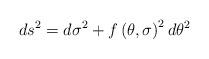
LaTeX: \begin{align*}ds^2=d\sigma^2+f\left(\theta,\sigma\right)^2d\theta^2\end{align*}